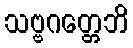
သဗ္ဗဂတ္တေဘိ